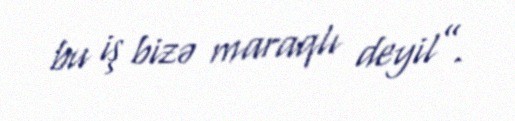
bu iş bizə maraqlı deyil”.